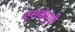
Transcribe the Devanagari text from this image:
एसकेपुरी